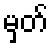
မှတ်